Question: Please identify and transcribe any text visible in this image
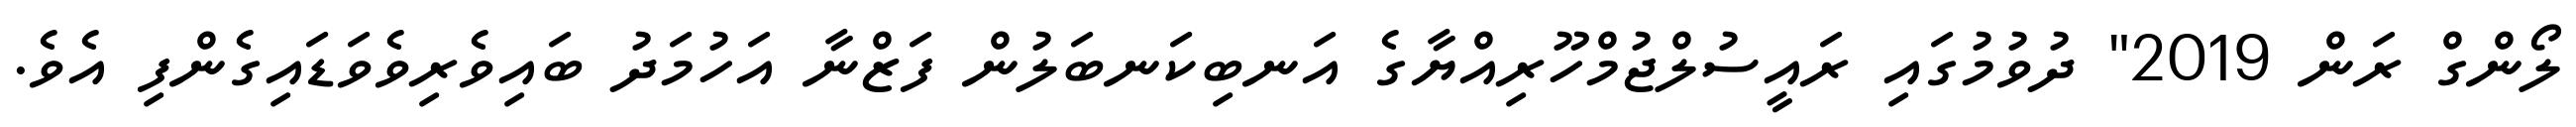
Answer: ލޯންގް ރަން 2019" ދުވުމުގައި ރައީސުލްޖުމްހޫރިއްޔާގެ އަނބިކަނބަލުން ފަޒްނާ އަހުމަދު ބައިވެރިވެވަޑައިގެންފި އެވެ.